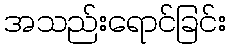
အသည်းရောင်ခြင်း